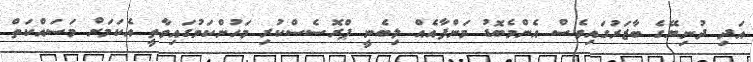
އަދި ދުނިޔޭގެ ބާޒަރުގައިވެސް އެންމެބޮޑު މަންފާއެއް ލިބެނީ ޕްރޮސެސްކުރި މަހުންކަމުގައިވާތީ އެކަމަށް މަސައްކަތް